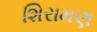
શિરામણ